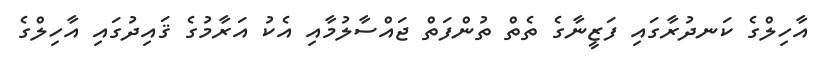
އާހިލްގެ ކަނދުރާގައި ފަޒީނާގެ ތެތް ތުންފަތް ޖައްސާލުމާއި އެކު އަރާމުގެ ޤައިދުގައި އާހިލްގެ